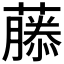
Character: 𬞳